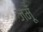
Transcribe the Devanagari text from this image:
जमूँ